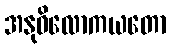
အနုဝိလောကယတော